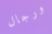
ورجال